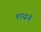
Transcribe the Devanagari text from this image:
शयनं